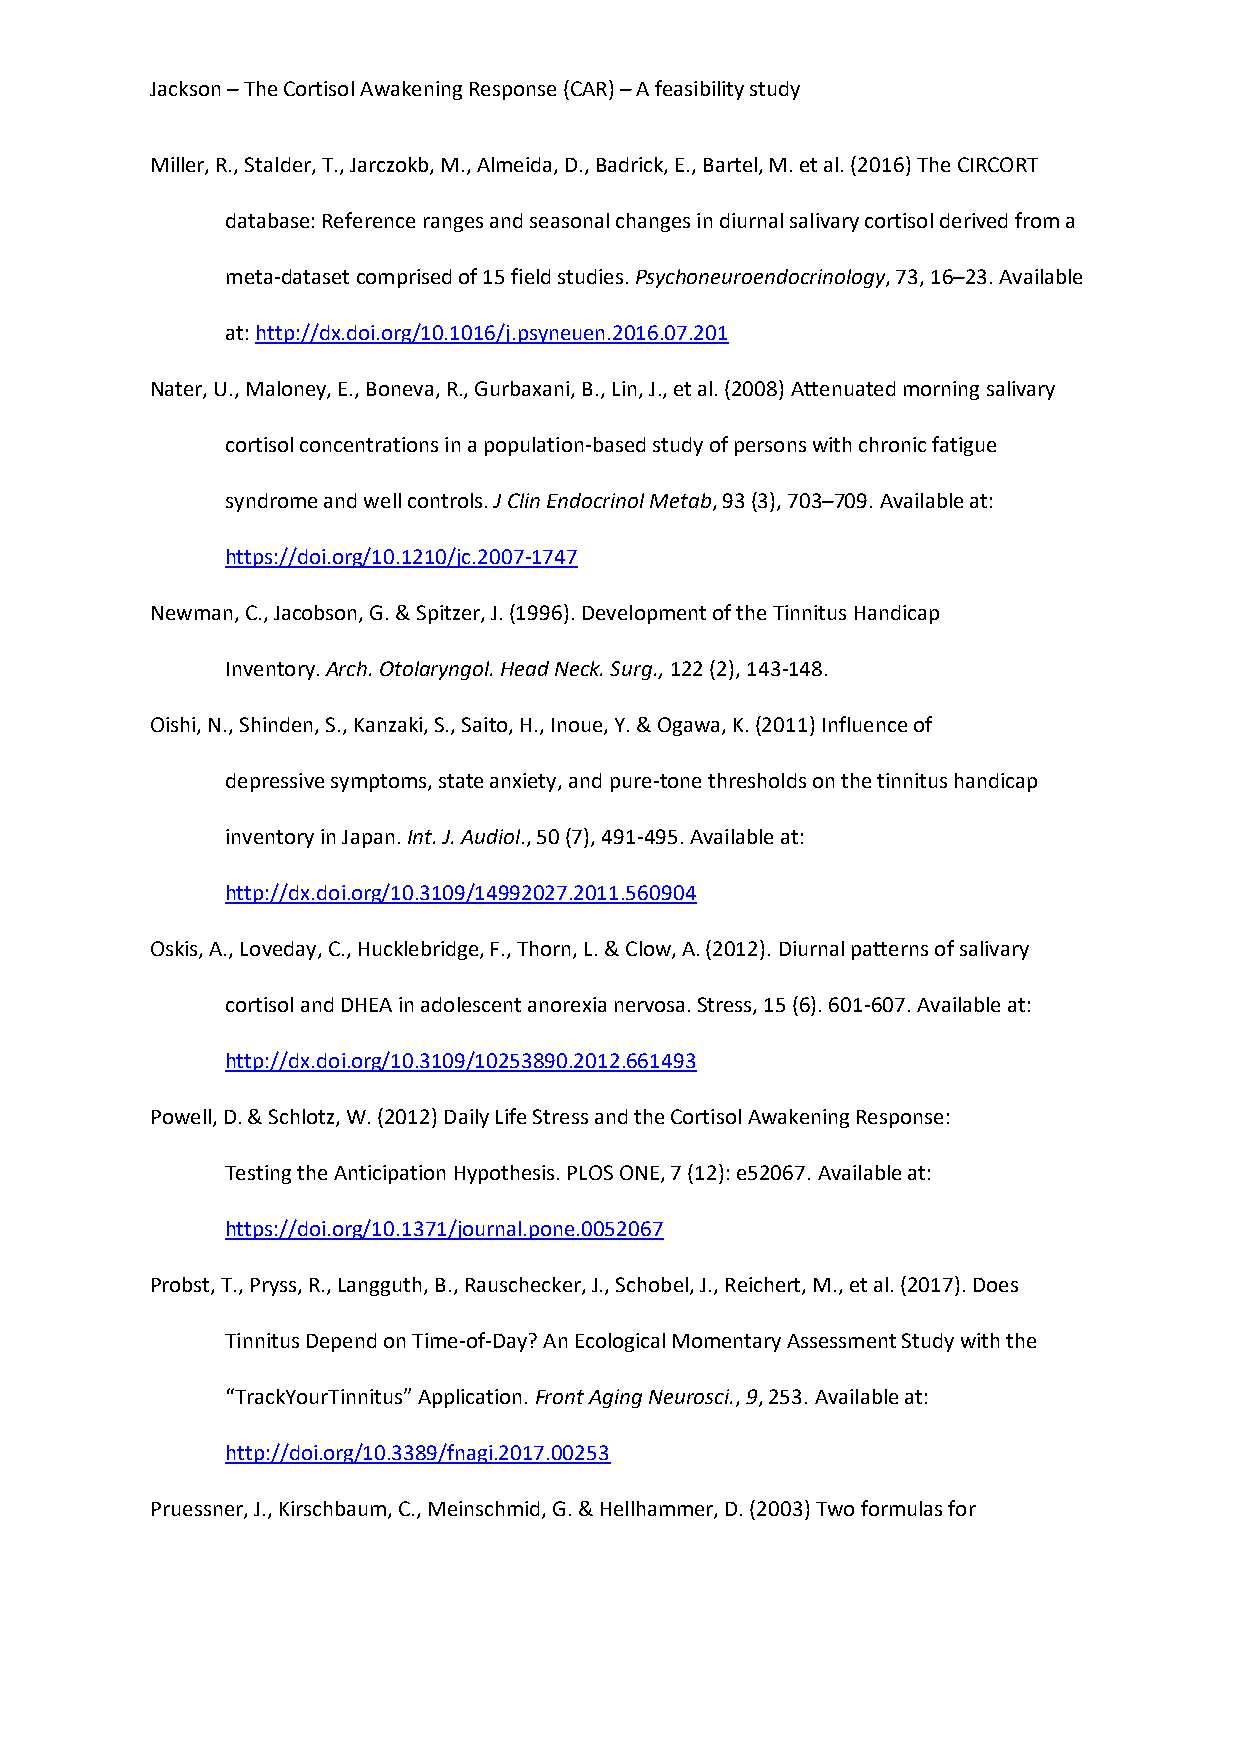
Jackson – The Cortisol Awakening Response (CAR) – A feasibility study
 Miller, R., Stalder, T., Jarczokb, M., Almeida, D., Badrick, E., Bartel, M. et al. (2016) The CIRCORT
 database: Reference ranges and seasonal changes in diurnal salivary cortisol derived from a
 meta-dataset comprised of 15 field studies. Psychoneuroendocrinology, 73, 16–23. Available
 at: http://dx.doi.org/10.1016/j.psyneuen.2016.07.201
 Nater, U., Maloney, E., Boneva, R., Gurbaxani, B., Lin, J., et al. (2008) Attenuated morning salivary
 cortisol concentrations in a population-based study of persons with chronic fatigue
 syndrome and well controls. J Clin Endocrinol Metab, 93 (3), 703–709. Available at:
 https://doi.org/10.1210/jc.2007-1747
 Newman, C., Jacobson, G. & Spitzer, J. (1996). Development of the Tinnitus Handicap
 Inventory. Arch. Otolaryngol. Head Neck. Surg., 122 (2), 143-148.
 Oishi, N., Shinden, S., Kanzaki, S., Saito, H., Inoue, Y. & Ogawa, K. (2011) Influence of
 depressive symptoms, state anxiety, and pure-tone thresholds on the tinnitus handicap
 inventory in Japan. Int. J. Audiol., 50 (7), 491-495. Available at:
 http://dx.doi.org/10.3109/14992027.2011.560904
 Oskis, A., Loveday, C., Hucklebridge, F., Thorn, L. & Clow, A. (2012). Diurnal patterns of salivary
 cortisol and DHEA in adolescent anorexia nervosa. Stress, 15 (6). 601-607. Available at:
 http://dx.doi.org/10.3109/10253890.2012.661493
 Powell, D. & Schlotz, W. (2012) Daily Life Stress and the Cortisol Awakening Response:
 Testing the Anticipation Hypothesis. PLOS ONE, 7 (12): e52067. Available at:
 https://doi.org/10.1371/journal.pone.0052067
 Probst, T., Pryss, R., Langguth, B., Rauschecker, J., Schobel, J., Reichert, M., et al. (2017). Does
 Tinnitus Depend on Time-of-Day? An Ecological Momentary Assessment Study with the
 “TrackYourTinnitus” Application. Front Aging Neurosci., 9, 253. Available at:
 http://doi.org/10.3389/fnagi.2017.00253
 Pruessner, J., Kirschbaum, C., Meinschmid, G. & Hellhammer, D. (2003) Two formulas for